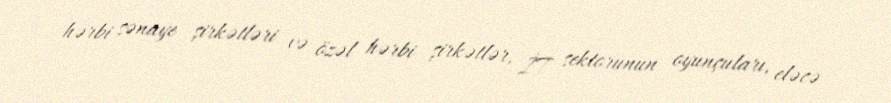
hərbi sənaye şirkətləri və özəl hərbi şirkətlər, İT sektorunun oyunçuları, eləcə